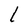
Character: l